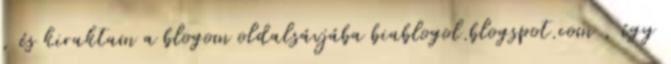
, és kiraktam a blogom oldalsávjába biablogol.blogspot.com , így